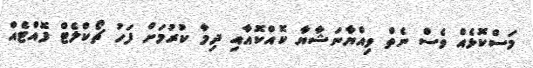
މަސްކޮޅެއް ވެސް ނެތް ވިއްޔާނަޝާޔާ ކޮއްކޮއާއި ދިމާ ކުރުމަށް ފަހު ޗޯކްލެޓް ފޮއްޓެއް